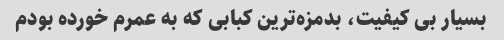
بسیار بی کیفیت، بدمزه‌ترین کبابی که به عمرم خورده بودم